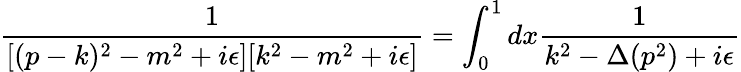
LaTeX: \frac{1}{[(p-k)^{2}-m^{2}+i\epsilon][k^{2}-m^{2}+i\epsilon]}=\int_{0}^{1}dx\frac{1}{k^{2}-\Delta(p^{2})+i\epsilon}